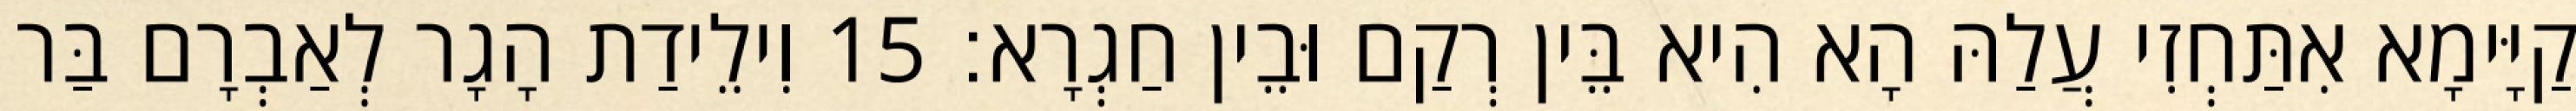
קַיָּימָא אִתַּחְזִי עֲלַהּ הָא הִיא בֵּין רְקַם וּבֵין חַגְרָא׃ 15 וִילֵידַת הָגָר לְאַבְרָם בַּר